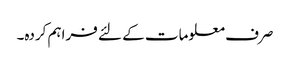
صرف معلومات کے لئے فراہم کردہ۔